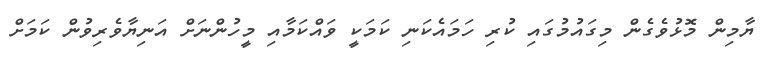
ޔާމިން މޮޅުވެގެން މިގައުމުގައި ކުރި ހަމައެކަނި ކަމަކީ ވައްކަމާއި މީހުންނަށް އަނިޔާވެރިވުން ކަމަށް